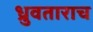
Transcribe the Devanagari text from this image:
ध्रुवताराच